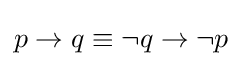
p\rightarrow q\equiv \neg q\rightarrow \neg p